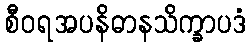
စီဝရအပနိဓာနသိက္ခာပဒံ